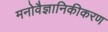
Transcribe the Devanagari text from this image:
मनोवैज्ञानिकीकरण